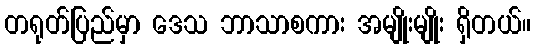
တရုတ်ပြည်မှာ ဒေသ ဘာသာစကား အမျိုးမျိုး ရှိတယ်။